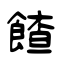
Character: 餷